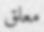
معلق